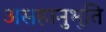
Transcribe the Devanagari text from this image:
असहानुभूति